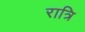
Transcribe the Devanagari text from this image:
रात्रि